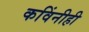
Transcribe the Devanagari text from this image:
कविंनीही